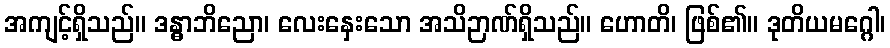
အကျင့်ရှိသည်။ ဒန္ဓာဘိညော၊ လေးနှေးသော အသိဉာဏ်ရှိသည်။ ဟောတိ၊ ဖြစ်၏။ ဒုတိယမဂ္ဂေါ၊